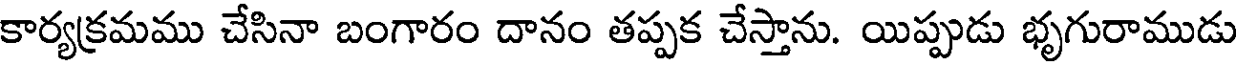
కార్యక్రమము చేసినా బంగారం దానం తప్పక చేస్తాను. యిప్పుడు భృగురాముడు